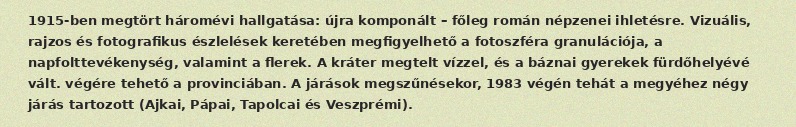
1915-ben megtört háromévi hallgatása: újra komponált – főleg román népzenei ihletésre. Vizuális, rajzos és fotografikus észlelések keretében megfigyelhető a fotoszféra granulációja, a napfolttevékenység, valamint a flerek. A kráter megtelt vízzel, és a báznai gyerekek fürdőhelyévé vált. végére tehető a provinciában. A járások megszűnésekor, 1983 végén tehát a megyéhez négy járás tartozott (Ajkai, Pápai, Tapolcai és Veszprémi).